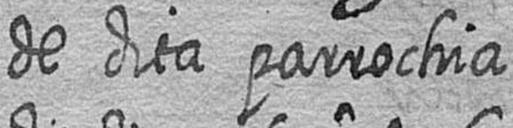
de dita parrochia